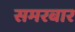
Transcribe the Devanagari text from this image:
समरबार